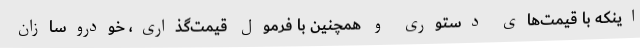
اینکه با قیمت‌های دستوری و همچنین با فرمول قیمت‌گذاری، خودروسازان